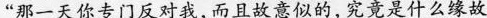
“那一天你专门反对我，而且故意似的,究竟是什么缘故